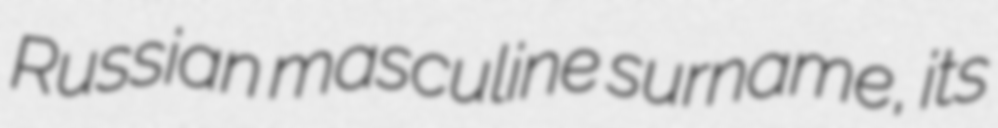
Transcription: Russian masculine surname, its